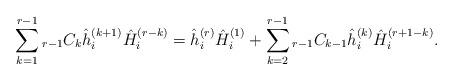
LaTeX: \begin{align*} \sum_{k = 1}^{r - 1} {}_{r - 1} C_{k } \hat{h}_{i}^{( k + 1 )} \hat{H}_{i}^{( r - k )} = \hat{h}_{i}^{( r )} \hat{H}_{i}^{( 1 )} + \sum_{k = 2}^{r - 1} {}_{r - 1} C_{k - 1} \hat{h}_{i}^{( k )} \hat{H}_{i}^{( r + 1 - k )}. \end{align*}